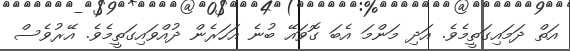
އަތް ދަމައިގަތީމެވެ. އަދި މަންމަ އެބަ ގޮވައޭ ބުނެ އަހަރެން ދުއްވައިގަތީމެވެ. އޭރުވެސް